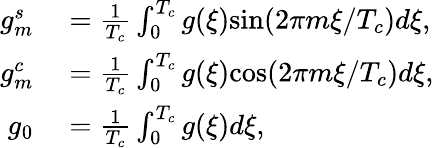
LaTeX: \begin{array}{rl}{g_{m}^{s}}&{{}=\frac{1}{T_{c}}\int_{0}^{T_{c}}g(\xi)\mathrm{sin}(2\pi m\xi/T_{c})d\xi,}\\ {g_{m}^{c}}&{{}=\frac{1}{T_{c}}\int_{0}^{T_{c}}g(\xi)\mathrm{cos}(2\pi m\xi/T_{c})d\xi,}\\ {g_{0}}&{{}=\frac{1}{T_{c}}\int_{0}^{T_{c}}g(\xi)d\xi,}\end{array}